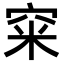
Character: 𥥪